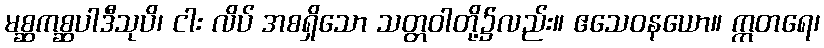
မစ္ဆကစ္ဆပါဒီသုပိ၊ ငါး လိပ် အစရှိသော သတ္တဝါတို့၌လည်း။ ဧသေဝနယော။ ဣတရေ၊